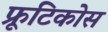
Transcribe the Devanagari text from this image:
फ्रूटिकोस